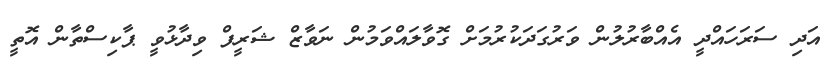
އަދި ސަރަހައްދީ އެއްބާރުލުން ވަރުގަދަކުރުމަށް ގޮވާލައްވަމުން ނަވާޒް ޝަރީފް ވިދާޅުވީ ޕާކިސްތާން އޮތީ